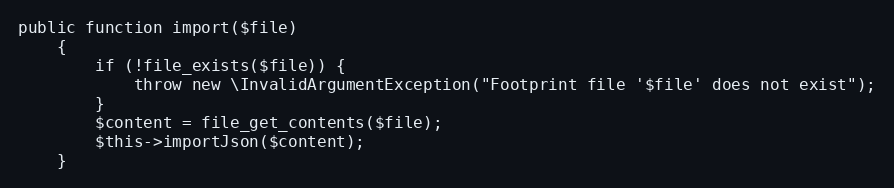
Language: PHP
public function import($file)
    {
        if (!file_exists($file)) {
            throw new \InvalidArgumentException("Footprint file '$file' does not exist");
        }
        $content = file_get_contents($file);
        $this->importJson($content);
    }